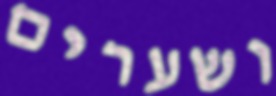
ושערים